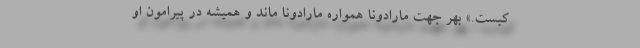
کیست.» بهر جهت مارادونا همواره مارادونا ماند و همیشه در پیرامون او